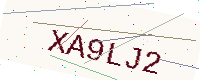
Text: XA9LJ2